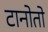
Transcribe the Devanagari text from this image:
टानोतो